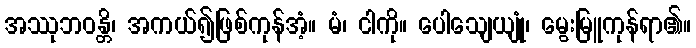
အဿုဘဝန္တိ၊ အကယ်၍ဖြစ်ကုန်အံ့။ မံ၊ ငါကို။ ပေါသျေယျုံ၊ မွေးမြူကုန်ရာ၏။